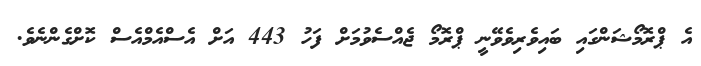
އެ ޕްރޮމޯޝަންގައި ބައިވެރިވެވޭނީ ޕްރޮމޯ ޖެއްސެވުމަށް ފަހު 443 އަށް އެސްއެމްއެސް ކޮށްގެންނެވެ.